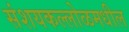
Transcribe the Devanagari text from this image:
संशयकल्लोळमधील